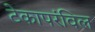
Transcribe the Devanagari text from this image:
टेकापरंविल